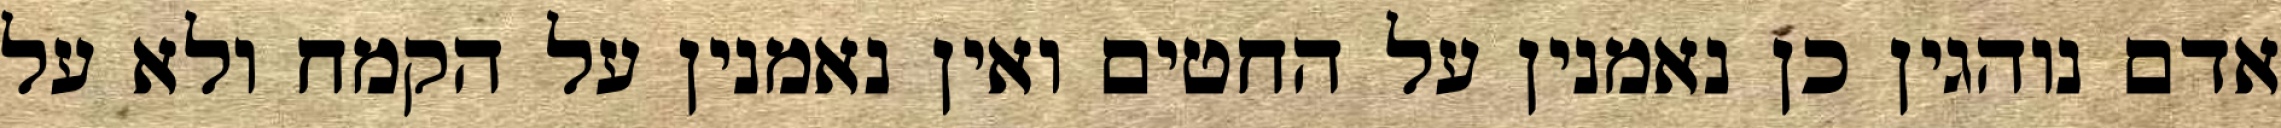
אדם נוהגין כן נאמנין על החטים ואין נאמנין על הקמח ולא על